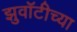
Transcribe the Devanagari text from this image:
झुवॉटीच्या